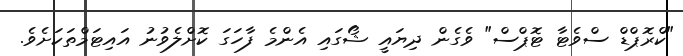
"ކްރޮޕްޑް ސްވެޓާ ޓޮޕްސް" ވެގެން ދިޔައީ ޝޯގައި އެންމެ ފާހަގަ ކޮށްލެވުނު އައިޓަމްތަކަށެވެ.